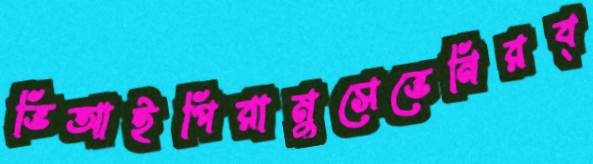
ভিআইপিরামুসেভেনিরব্